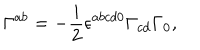
\Gamma ^ { a b } = - \frac i 2 \epsilon ^ { a b c d 0 } \Gamma _ { c d } \Gamma _ { 0 } ,